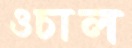
ওচাল